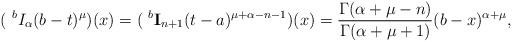
LaTeX: \begin{align*}(~^{b}I_\alpha (b-t)^\mu)(x)=(~^{b}\textbf{I}_{n+1}(t-a)^{\mu+\alpha-n-1})(x)=\frac{\Gamma(\alpha+\mu-n)}{\Gamma(\alpha+\mu+1)}(b-x)^{\alpha+\mu},\end{align*}